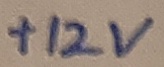
Text: +12V